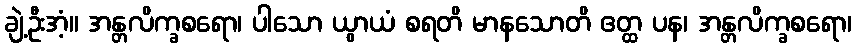
ချဲ့ဦးအံ့။ အန္တလိက္ခစရော၊ ပါသော ယွာယံ စရတိ မာနသောတိ ဧတ္ထ ပန၊ အန္တလိက္ခစရော၊